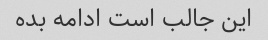
این جالب است ادامه بده